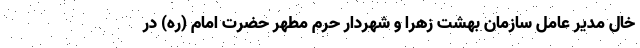
خال مدیر عامل سازمان بهشت زهرا و شهردار حرم مطهر حضرت امام (ره) در